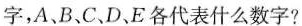
字，A、B、C、D、E各代表什么数字?